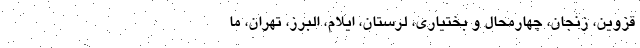
قزوین، زنجان، چهارمحال و بختیاری، لرستان، ایلام، البرز، تهران، ما